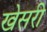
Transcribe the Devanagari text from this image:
खेसरी